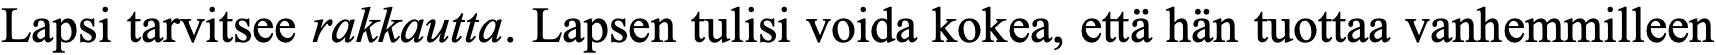
Lapsi tarvitsee rakkautta. Lapsen tulisi voida kokea, että hän tuottaa vanhemmilleen